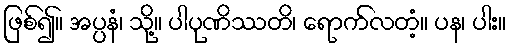
ဖြစ်၍။ အပ္ပနံ၊ သို့။ ပါပုဏိဿတိ၊ ရောက်လတံ့။ ပန၊ ပါး။